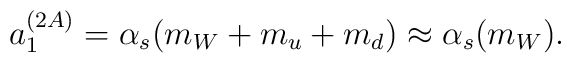
a_1^{(2A)}=\alpha_s(m_W+m_u+m_d) \approx \alpha_s (m_W).